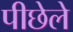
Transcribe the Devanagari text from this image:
पीछेले